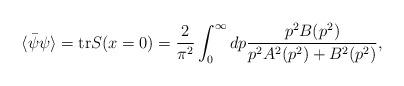
LaTeX: \begin{align*}\langle \bar{\psi} \psi \rangle = {\rm tr}S(x=0) = \frac{2}{\pi^2} \int_0^\infty dp \frac{p^2 B(p^2)} {p^2 A^2(p^2) + B^2(p^2)},\end{align*}